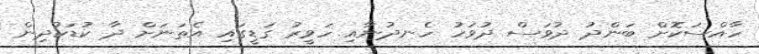
ހާއްސަކޮށް ބަންދު ދުވަސް ދުވަހު ހެނދުނާއި ހަވީރު ގަޑީގައި އެތަނަށް ދާ ކުޑަކުދިން